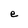
Character: e